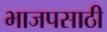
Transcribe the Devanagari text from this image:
भाजपसाठी